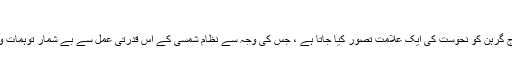
گرہن اور توہمات
روائتی طورپر سورج گرہن کو نحوست کی ایک علامت تصور کیا جاتا ہے ، جس کی وجہ سے نظام شمسی کے اس قدرتی عمل سے بے شمار توہمات وابستہ کرلی گئی ہیں۔